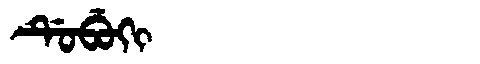
Manchu: ᡩᡠᠪᡠᡴᡳ
Romanization: DUBUKI